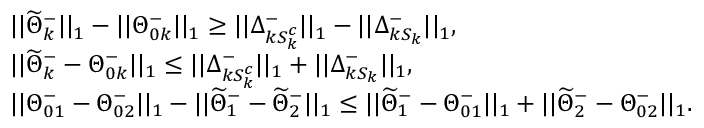
\begin{array} { r l } & { | | \widetilde { \Theta } _ { k } ^ { - } | | _ { 1 } - | | \Theta _ { 0 k } ^ { - } | | _ { 1 } \geq | | \Delta _ { k S _ { k } ^ { c } } ^ { - } | | _ { 1 } - | | \Delta _ { k S _ { k } } ^ { - } | | _ { 1 } , } \\ & { | | \widetilde { \Theta } _ { k } ^ { - } - \Theta _ { 0 k } ^ { - } | | _ { 1 } \leq | | \Delta _ { k S _ { k } ^ { c } } ^ { - } | | _ { 1 } + | | \Delta _ { k S _ { k } } ^ { - } | | _ { 1 } , } \\ & { | | \Theta _ { 0 1 } ^ { - } - \Theta _ { 0 2 } ^ { - } | | _ { 1 } - | | \widetilde { \Theta } _ { 1 } ^ { - } - \widetilde { \Theta } _ { 2 } ^ { - } | | _ { 1 } \leq | | \widetilde { \Theta } _ { 1 } ^ { - } - \Theta _ { 0 1 } ^ { - } | | _ { 1 } + | | \widetilde { \Theta } _ { 2 } ^ { - } - \Theta _ { 0 2 } ^ { - } | | _ { 1 } . } \end{array}